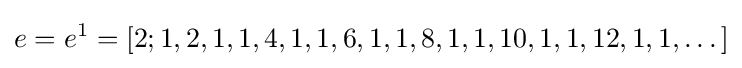
e=e^{1}=[2;1,2,1,1,4,1,1,6,1,1,8,1,1,10,1,1,12,1,1,\dots ]